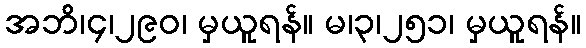
အဘိ၊၄၊၂၉၀၊ မှယူရန်။ မ၊၃၊၂၅၁၊ မှယူရန်။